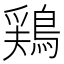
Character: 鶏